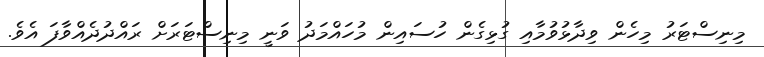
މިނިސްޓަރު މިހެން ވިދާޅުވުމާއި ގުޅިގެން ހުސައިން މުހައްމަދު ވަނީ މިނިސްޓަރަށް ރައްދުދެއްވާފަ އެވެ.